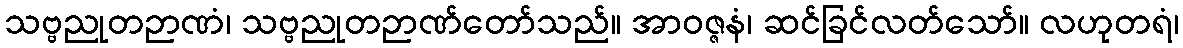
သဗ္ဗညုတဉာဏံ၊ သဗ္ဗညုတဉာဏ်တော်သည်။ အာဝဇ္ဇနံ၊ ဆင်ခြင်လတ်သော်။ လဟုတရံ၊